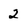
Character: 2